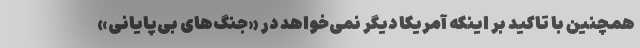
همچنین با تاکید بر اینکه آمریکا دیگر نمی‌خواهد در «جنگ‌های بی‌پایانی»